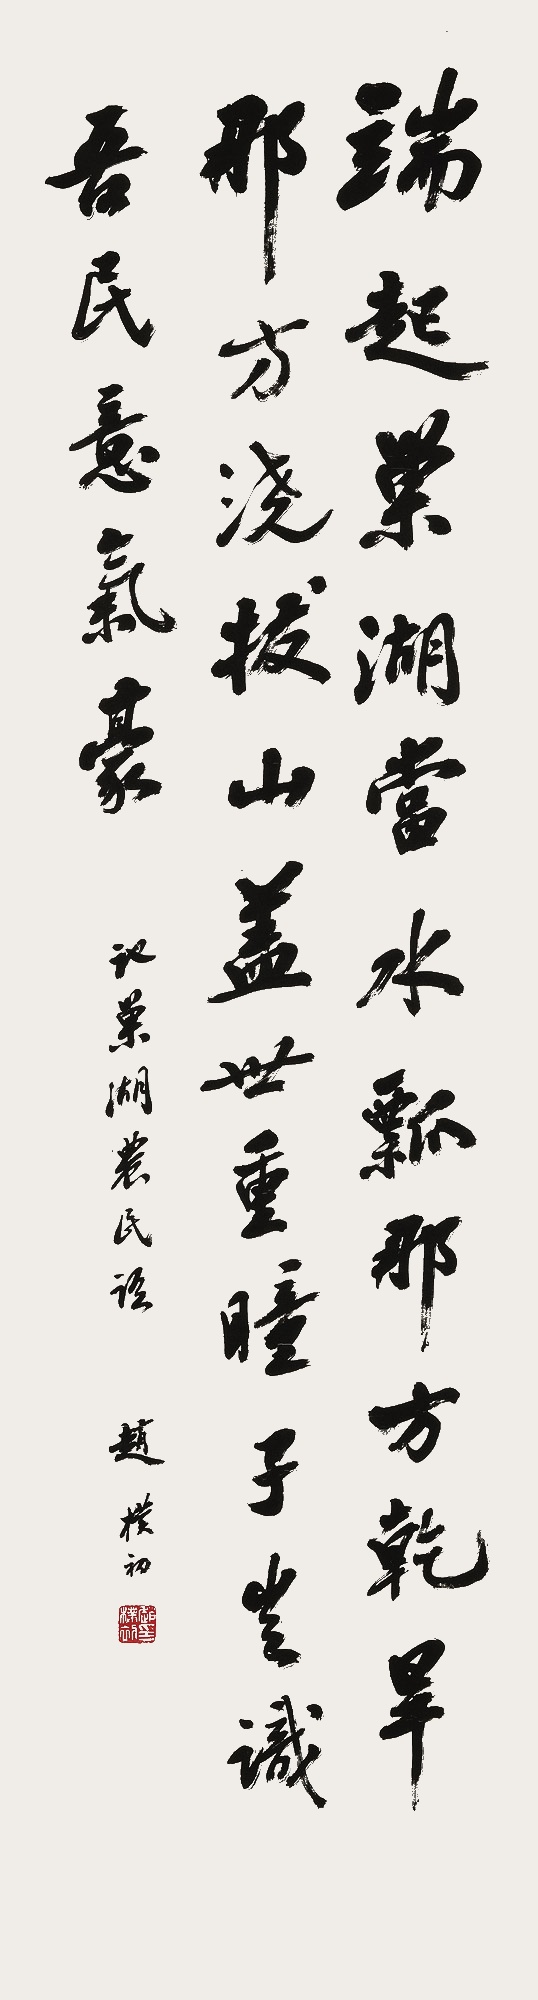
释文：端起巢湖当水瓢，那方干旱那方浇。拔山盖世重瞳子，岂识吾民意气豪。记巢湖农民语。赵朴初。